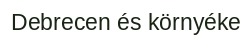
Debrecen és környéke